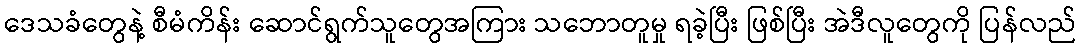
ဒေသခံတွေနဲ့ စီမံကိန်း ဆောင်ရွက်သူတွေအကြား သဘောတူမှု ရခဲ့ပြီး ဖြစ်ပြီး အဲဒီလူတွေကို ပြန်လည်